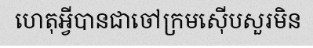
ហេតុអ្វីបានជាចៅក្រមស៊ើបសួរមិន